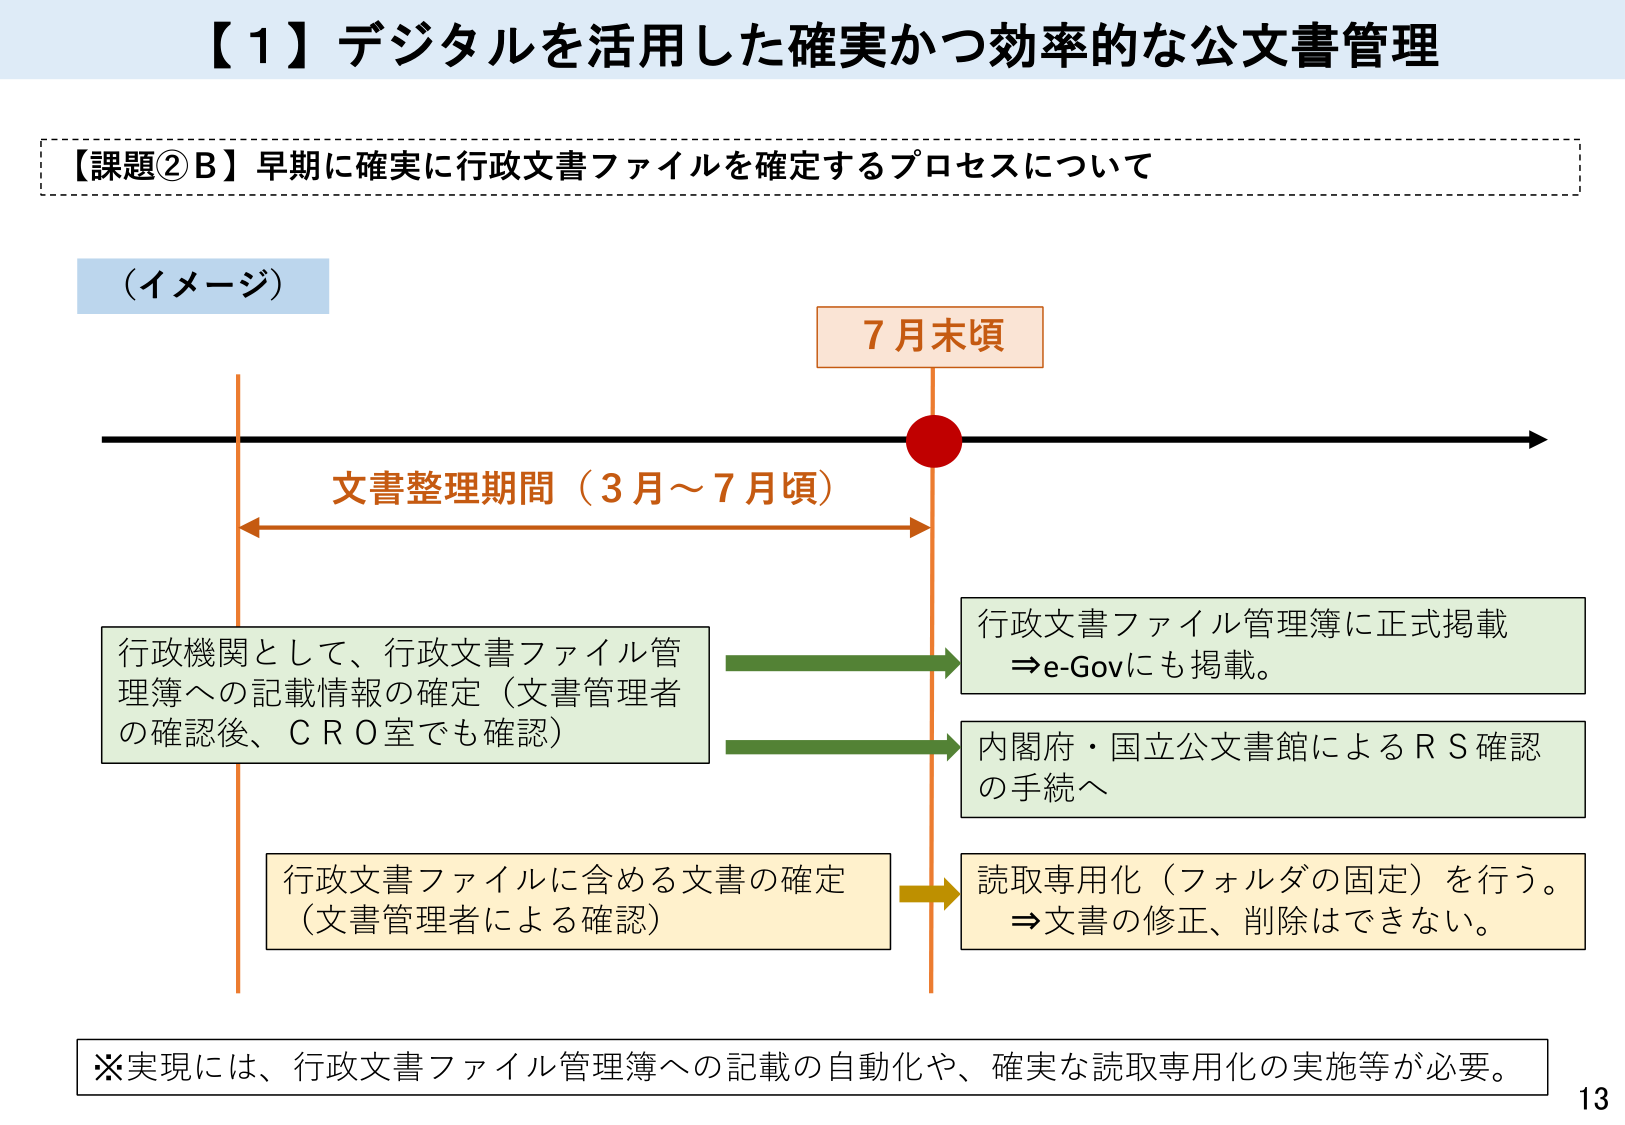
【１】デジタルを活用した確実かつ効率的な公文書管理

【課題②B】早期に確実に行政文書ファイルを確定するプロセスについて

（イメージ）

7月末頃

文書整理期間（3月～7月頃）

行政機関として、行政文書ファイル管理簿への記載情報の確定（文書管理者の確認後、ＣＲＯ室でも確認）

行政文書ファイル管理簿に正式掲載
⇒e-Govにも掲載。

内閣府・国立公文書館によるＲＳ確認の手続へ

行政文書ファイルに含める文書の確定（文書管理者による確認）

読取専用化（フォルダの固定）を行う。
⇒文書の修正、削除はできない。

※実現には、行政文書ファイル管理簿への記載の自動化や、確実な読取専用化の実施等が必要。

13